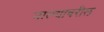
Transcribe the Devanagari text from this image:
नाल्यावरील